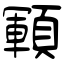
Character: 顐